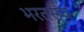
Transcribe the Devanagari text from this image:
भरतस्य